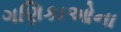
ગણિકાઓના